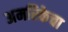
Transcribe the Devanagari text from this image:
अमरिकेचा